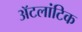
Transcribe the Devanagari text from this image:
ॲटलांटिक